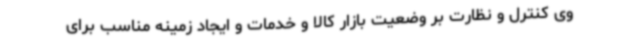
وی کنترل و نظارت بر وضعیت بازار کالا و خدمات و ایجاد زمینه مناسب برای